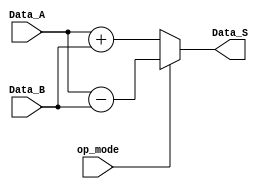
`timescale 1ns / 1ps
//////////////////////////////////////////////////////////////////////////////////
// Company: 
// Engineer: 
// 
// Design Name: 
// Module Name:    add_subtract 
// Project Name: 
// Target Devices: 
// Tool versions: 
// Description: 
//
// Dependencies: 
//
// Revision: 
// Revision 0.01 - File Created
// Additional Comments: 
//
//////////////////////////////////////////////////////////////////////////////////
module add_subtract
	# (parameter W = 8)
	(
		input wire op_mode, //0:Add, 1:Subtract
		input wire [W-1:0] Data_A,
		input wire [W-1:0] Data_B,
		output reg [W-1:0] Data_S  
    );

	always @*
		if(op_mode)
			Data_S <= Data_A - Data_B;
		else
			Data_S <= Data_A + Data_B;

endmodule